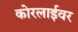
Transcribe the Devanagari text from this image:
कोरलाईवर